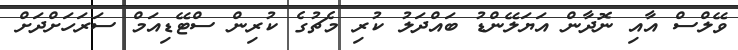
ވޭލްސް އާއި ނޮދާން އަޔަލޭންޑު ބައްދަލު ކުރި މެޗުގެ ކުރިން ސްޓޭޑިއަމް ސަރަހަށްދަށް